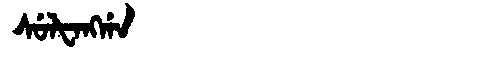
Manchu: ᠰᡠᠯᡶᠠᠩᡤᠠ
Romanization: SULFANGGA